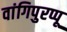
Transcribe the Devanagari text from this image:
वांगिपुरप्पू